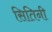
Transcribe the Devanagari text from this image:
सितिनी